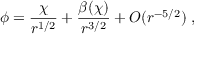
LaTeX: \phi = \frac { \chi } { r ^ { 1 / 2 } } + \frac { \beta ( \chi ) } { r ^ { 3 / 2 } } + O ( r ^ { - 5 / 2 } ) \; ,